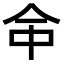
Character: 𠇭